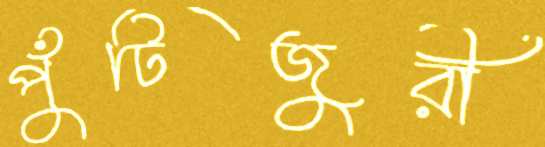
পুঁটিজুরী